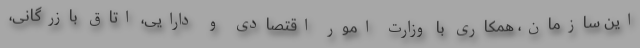
این سازمان، همکاری با وزارت امور اقتصادی و دارایی، اتاق بازرگانی،